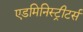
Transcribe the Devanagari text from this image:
एडमिनिस्ट्रीटर्स